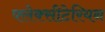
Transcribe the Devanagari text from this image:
फ्लेक्सीटेरियन